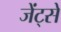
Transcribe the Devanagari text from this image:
जेंट्से